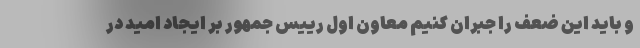
و باید این ضعف را جبران کنیم معاون اول رییس جمهور بر ایجاد امید در